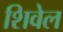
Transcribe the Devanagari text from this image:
शिवेल